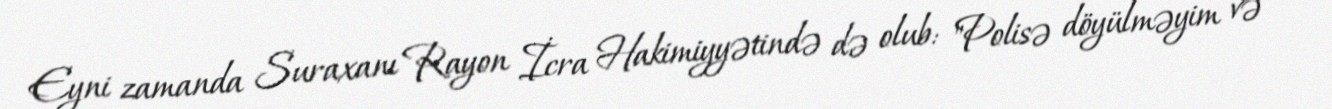
Eyni zamanda Suraxanı Rayon İcra Hakimiyyətində də olub: "Polisə döyülməyim və